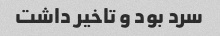
سرد بود و تاخیر داشت